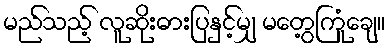
မည်သည့် လူဆိုးဓားပြနှင့်မျှ မတွေ့ကြုံချေ။